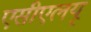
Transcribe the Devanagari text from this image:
एसीएलयू